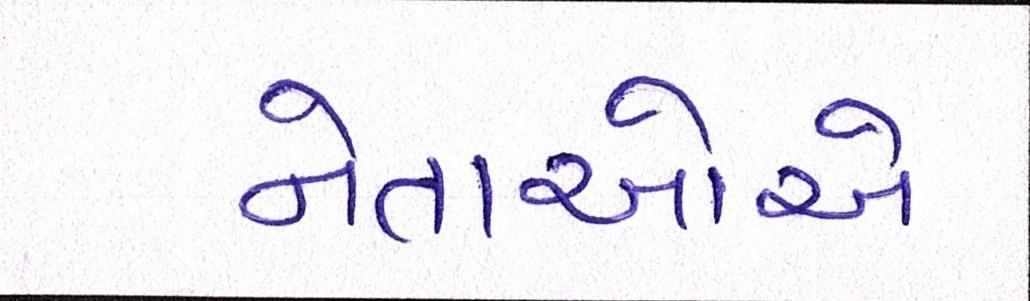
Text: નેતાઓએ